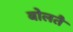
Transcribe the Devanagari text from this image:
बोलतै